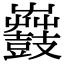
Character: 𪔫